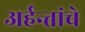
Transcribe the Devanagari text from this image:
अर्हन्तांचे